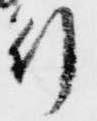
行